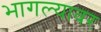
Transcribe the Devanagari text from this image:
भागल्यावर